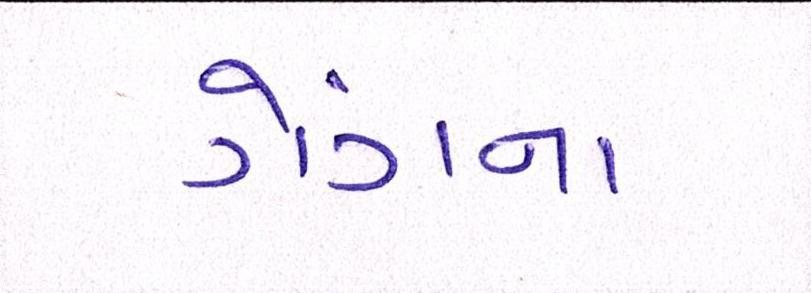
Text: ગેંગના